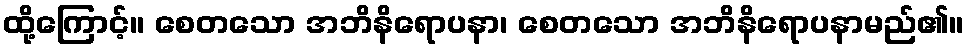
ထို့ကြောင့်။ စေတသော အဘိနိရောပနာ၊ စေတသော အဘိနိရောပနာမည်၏။